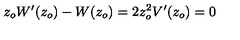
z _ { o } W ^ { \prime } ( z _ { o } ) - W ( z _ { o } ) = 2 z _ { o } ^ { 2 } V ^ { \prime } ( z _ { o } ) = 0